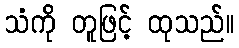
သံကို တူဖြင့် ထုသည်။